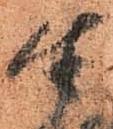
生